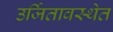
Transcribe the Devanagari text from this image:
उर्जितावस्थेत